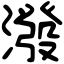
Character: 潑